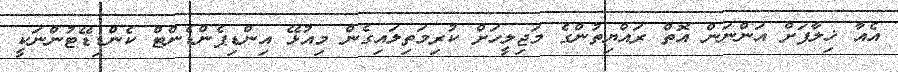
އެއާ ޚިލާފަށް އަންނަން އޮތް ރައްޔިތުންގެ މަޖިލީހަށް ކުރިމަތިލައިގެން މިއުޅޭ އިންޑިޕެންޑެންޓް ކެންޑިޑޭޓުންނަކީ